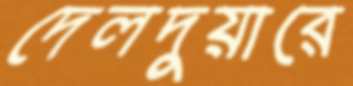
দেলদুয়ারে